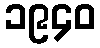
၁၉၄၀